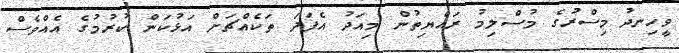
ވީހިނދު މިސްރުގެ މުސްލިމު ރައްޔިތުން މިއަދު އެފަދަ ތަކެއްޗަށް އަޅުކަން ކުރުމުގެ އެއްވެސް